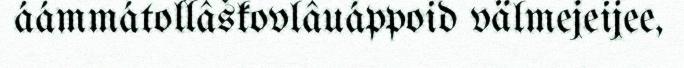
áámmátollâškovlâuáppoid välmejeijee,